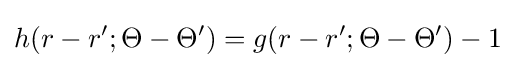
h(r-r';\Theta -\Theta ')=g(r-r';\Theta -\Theta ')-1